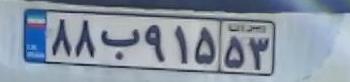
۸۸ب۹۱۵۵۳